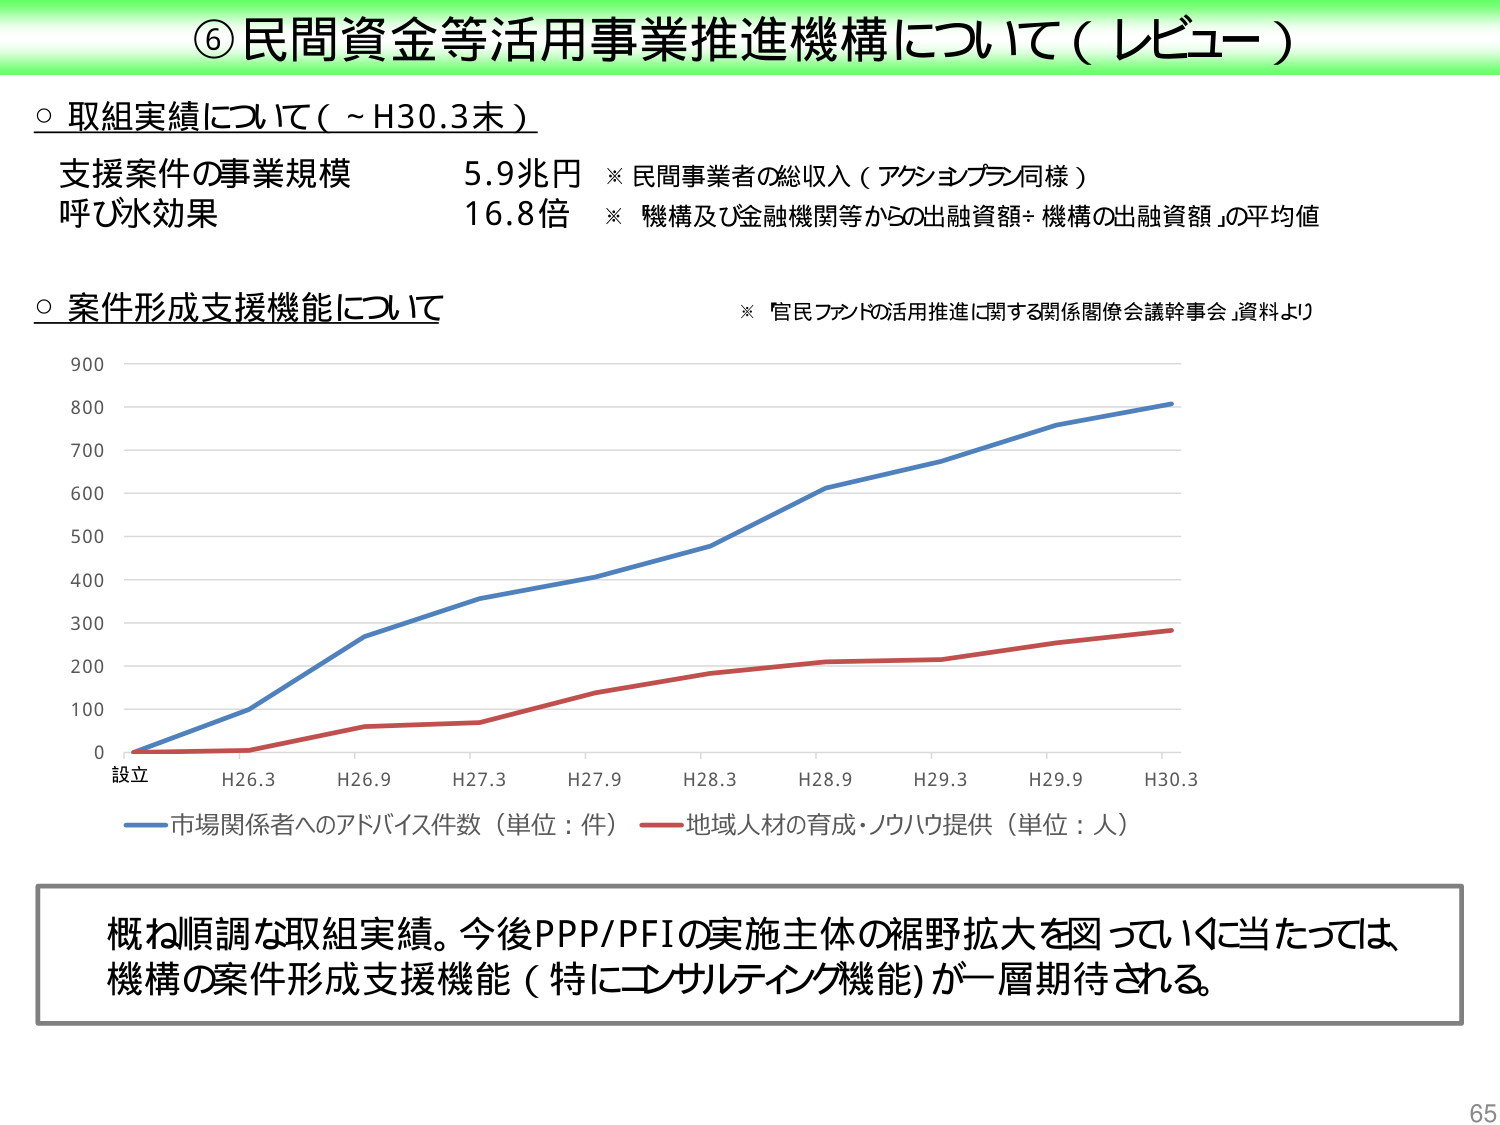
⑥民間資金等活用事業推進機構について（レビュー）

○取組実績について（～H30.3末）
支援案件の事業規模　5.9兆円　※民間事業者の総収入（アクションプラン同様）
呼び水効果　　　　　16.8倍　※「機構及び金融機関等からの出融資額÷機構の出融資額」の平均値

○案件形成支援機能について
※「官民ファンドの活用推進に関する関係閣僚会議幹事会」資料より

900
800
700
600
500
400
300
200
100
0
設立　H26.3　H26.9　H27.3　H27.9　H28.3　H28.9　H29.3　H29.9　H30.3

――――市場関係者へのアドバイス件数（単位：件）　――――地域人材の育成・ノウハウ提供（単位：人）

概ね順調な取組実績。今後PPP/PFIの実施主体の裾野拡大を図っていくに当たっては、
機構の案件形成支援機能（特にコンサルティング機能）が一層期待される。

65